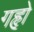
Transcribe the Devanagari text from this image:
गहृो